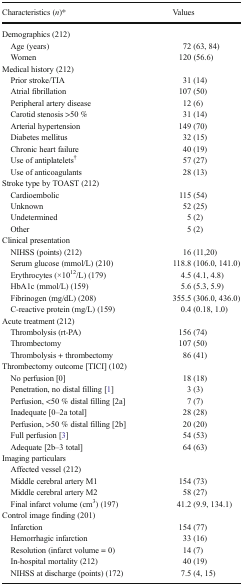
<table><thead><tr><td><b>Characteristics (<i>n</i>)*</b></td><td><b>Values</b></td></tr></thead><tbody><tr><td colspan="2">Demographics (212)</td></tr><tr><td> Age (years)</td><td>72 (63, 84)</td></tr><tr><td> Women</td><td>120 (56.6)</td></tr><tr><td colspan="2">Medical history (212)</td></tr><tr><td> Prior stroke/TIA</td><td>31 (14)</td></tr><tr><td> Atrial fibrillation</td><td>107 (50)</td></tr><tr><td> Peripheral artery disease</td><td>12 (6)</td></tr><tr><td> Carotid stenosis &gt;50 %</td><td>31 (14)</td></tr><tr><td> Arterial hypertension</td><td>149 (70)</td></tr><tr><td> Diabetes mellitus</td><td>32 (15)</td></tr><tr><td> Chronic heart failure</td><td>40 (19)</td></tr><tr><td> Use of antiplatelets<sup>†</sup></td><td>57 (27)</td></tr><tr><td> Use of anticoagulants</td><td>28 (13)</td></tr><tr><td colspan="2">Stroke type by TOAST (212)</td></tr><tr><td> Cardioembolic</td><td>115 (54)</td></tr><tr><td> Unknown</td><td>52 (25)</td></tr><tr><td> Undetermined</td><td>5 (2)</td></tr><tr><td> Other</td><td>5 (2)</td></tr><tr><td colspan="2">Clinical presentation</td></tr><tr><td> NIHSS (points) (212)</td><td>16 (11,20)</td></tr><tr><td> Serum glucose (mmol/L) (210)</td><td>118.8 (106.0, 141.0)</td></tr><tr><td> Erythrocytes (×10<sup>12</sup>/L) (179)</td><td>4.5 (4.1, 4.8)</td></tr><tr><td> HbA1c (mmol/L) (159)</td><td>5.6 (5.3, 5.9)</td></tr><tr><td> Fibrinogen (mg/dL) (208)</td><td>355.5 (306.0, 436.0)</td></tr><tr><td> C-reactive protein (mg/L) (159)</td><td>0.4 (0.18, 1.0)</td></tr><tr><td colspan="2">Acute treatment (212)</td></tr><tr><td> Thrombolysis (rt-PA)</td><td>156 (74)</td></tr><tr><td> Thrombectomy</td><td>107 (50)</td></tr><tr><td> Thrombolysis + thrombectomy</td><td>86 (41)</td></tr><tr><td colspan="2">Thrombectomy outcome [TICI] (102)</td></tr><tr><td> No perfusion [0]</td><td>18 (18)</td></tr><tr><td> Penetration, no distal filling [1]</td><td>3 (3)</td></tr><tr><td> Perfusion, &lt;50 % distal filling [2a]</td><td>7 (7)</td></tr><tr><td> Inadequate [0–2a total]</td><td>28 (28)</td></tr><tr><td> Perfusion, &gt;50 % distal filling [2b]</td><td>20 (20)</td></tr><tr><td> Full perfusion [3]</td><td>54 (53)</td></tr><tr><td> Adequate [2b–3 total]</td><td>64 (63)</td></tr><tr><td colspan="2">Imaging particulars</td></tr><tr><td> Affected vessel (212)</td><td></td></tr><tr><td> Middle cerebral artery M1</td><td>154 (73)</td></tr><tr><td> Middle cerebral artery M2</td><td>58 (27)</td></tr><tr><td> Final infarct volume (cm<sup>3</sup>) (197)</td><td>41.2 (9.9, 134.1)</td></tr><tr><td colspan="2">Control image finding (201)</td></tr><tr><td> Infarction</td><td>154 (77)</td></tr><tr><td> Hemorrhagic infarction</td><td>33 (16)</td></tr><tr><td> Resolution (infarct volume = 0)</td><td>14 (7)</td></tr><tr><td> In-hospital mortality (212)</td><td>40 (19)</td></tr><tr><td> NIHSS at discharge (points) (172)</td><td>7.5 (4, 15)</td></tr></tbody></table>